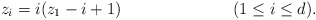
\begin{align*} z_i &= i (z_1 - i+1) && (1 \leq i \leq d). \end{align*}